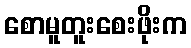
စောမူတူးစေးဖိုးက